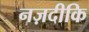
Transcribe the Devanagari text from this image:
नज़दीकि